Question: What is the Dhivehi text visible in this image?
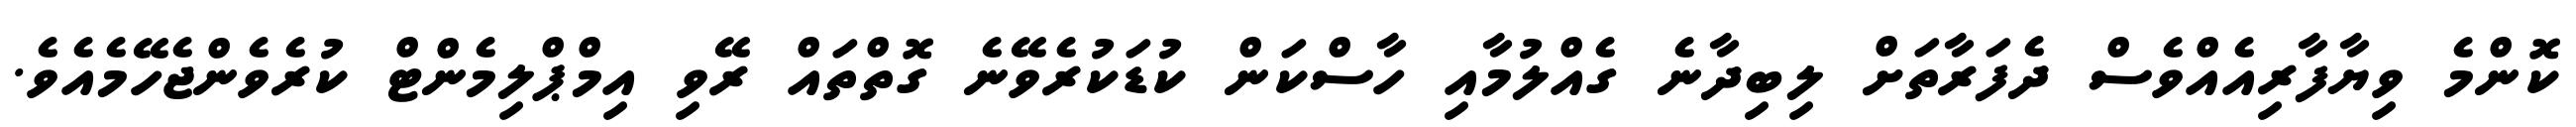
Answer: ކޮންމެ ވިޔާފާރިއެއްވެސް ދެފަރާތަށް ލިބިދާނެ ގެއްލުމާއި ހާސްކަން ކުޑަކުރެވޭނެ ގޮތްތައް ރޭވި އިމްޕްލިމެންޓް ކުރެވެންޖެހޭމެއެވެ.